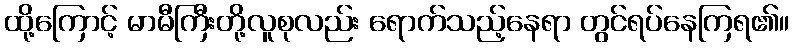
ထို့ကြောင့် မာမီကြီးတို့လူစုလည်း ရောက်သည့်နေရာ တွင်ရပ်နေကြရ၏။